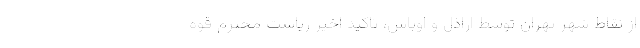
از نقاط شهر تهران توسط اراذل و اوباش، تاکید اخیر ریاست محترم قوه